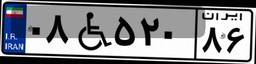
۰۸W۵۲۰۸۶